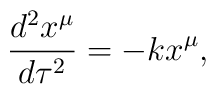
\frac{d^{2}x^{\mu}}{d\tau^{2}}=-kx^{\mu} ,